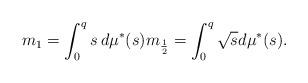
LaTeX: \begin{align*} m_{1} = \int_{0}^{q} s \, d\mu^*(s) m_{\frac{1}{2}} = \int_{0}^{q} \sqrt{s} d\mu^*(s).\end{align*}